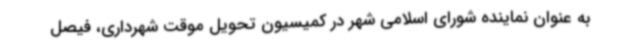
به عنوان نماینده شورای اسلامی شهر در کمیسیون تحویل موقت شهرداری، فیصل